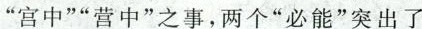
”宫中””营中”之事，两个”必能”突出了